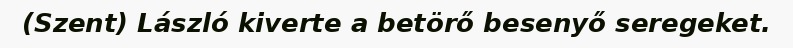
(Szent) László kiverte a betörő besenyő seregeket.